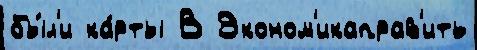
бы́л'и ка́рты В Эконом'икаправ'ить